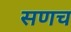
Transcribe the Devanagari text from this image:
सणच